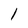
Character: l